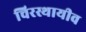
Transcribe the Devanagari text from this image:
चिरस्थायीव